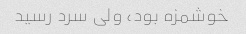
خوشمزه بود، ولی سرد رسید